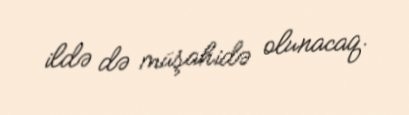
ildə də müşahidə olunacaq.